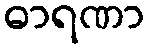
ဓာရဏာ